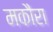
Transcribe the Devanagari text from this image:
मकौरा